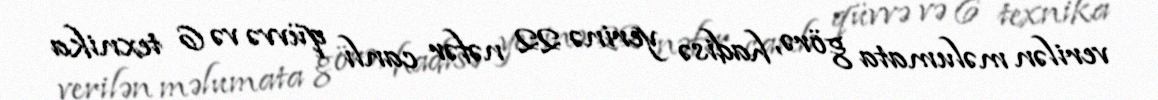
verilən məlumata görə, hadisə yerinə 22 nəfər canlı qüvvə və 6 texnika